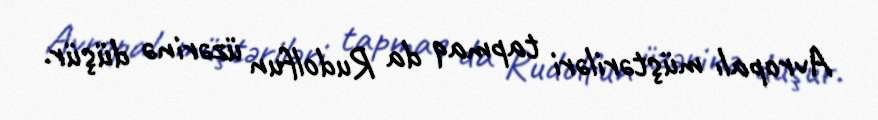
Avropalı müştəriləri tapmaq da Rudolfun üzərinə düşür.